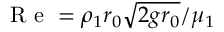
\mathrm { ~ R ~ e ~ } = \rho _ { 1 } r _ { 0 } \sqrt { 2 g r _ { 0 } } / \mu _ { 1 }